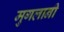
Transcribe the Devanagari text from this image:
मुगलानी